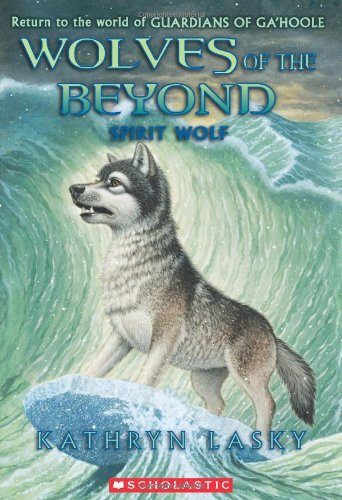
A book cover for Wolves of the Beyond #5: Spirit Wolf; Kathryn Lasky; Children's Books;